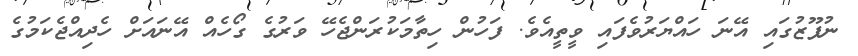
ނުފޫޒުގައި އޭނަ ހައްޔަރުވެފައި ވީތީއެވެ. ފަހުން ހިތާމަކުރަންޖެހޭ ވަރުގެ ގޯހެއް އޭނައަށް ހެދިއްޖެކަމުގެ